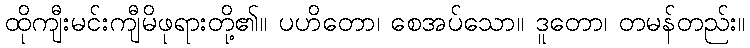
ထိုကျီးမင်းကျီမိဖုရားတို့၏။ ပဟိတော၊ စေအပ်သော။ ဒူတော၊ တမန်တည်း။